Civil Veterinary Dept. Bombay admin report 1907-1913 - 1907-1913
Year: 1907
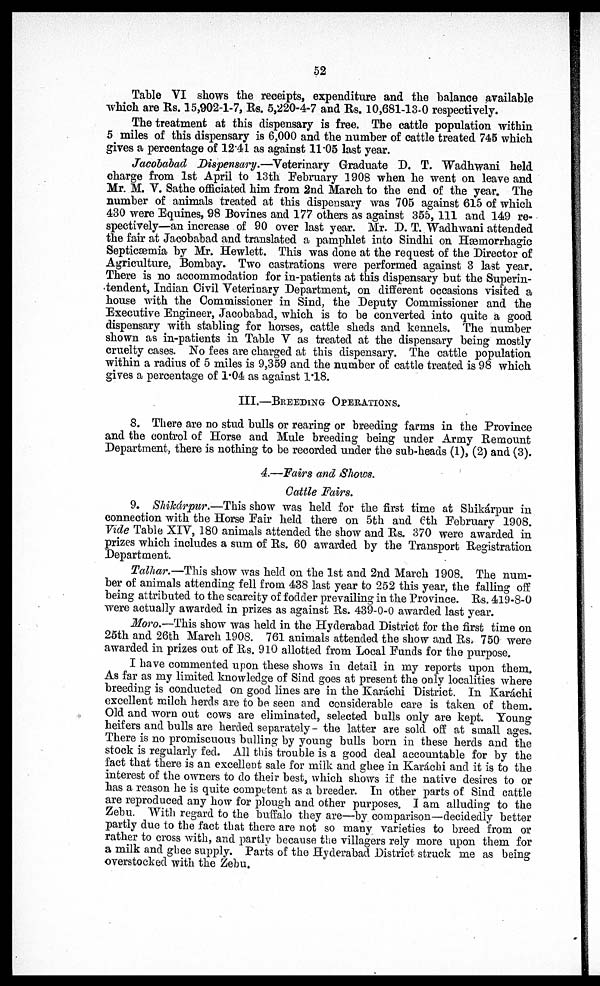
52
Table VI shows the receipts, expenditure and the balance available
which are Rs. 15,902-1-7, Re. 5,220-4-7 and Rs. 10,681-13-0 respectively.
The treatment at this dispensary is free. The cattle population within
5 miles of this dispensary is 6,000 and the number of cattle treated 745 which
gives a percentage of 12.41 as against 11.05 last year.
Jacobabad Dispensary,—Veterinary Graduate D. T. Wadhwani held
charge from 1st April to 13th February 1908 when he went on leave and
Mr. M. V. Sathe officiated him from 2nd March to the end of the year. The
number of animals treated at this dispensary was 705 against 615 of which
430 were Equines, 98 Bovines and 177 others as against 355, 111 and 149 re-
spectively—an increase of 90 over last year. Mr. D. T. Wadhwani attended
the fair at Jacobabad and translated a pamphlet into Sindhi on Hæmorrhagic
Septicæmia by Mr. Hewlett. This was done at the request of the Director of
Agriculture, Bombay. Two castrations were performed against 3 last year.
There is no accommodation for in-patients at this dispensary but the Superin-
tendent, Indian Civil Veterinary Department, on different occasions visited a
house with the Commissioner in Sind, the Deputy Commissioner and the
Executive Engineer, Jacobabad, which is to be converted into quite a good
dispensary with stabling for horses, cattle sheds and kennels. The number
shown as in-patients in Table V as treated at the dispensary being mostly
cruelty cases. No fees are charged at this dispensary. The cattle population
within a radius of 5 miles is 9,359 and the number of cattle treated is 98 which
gives a percentage of 1.04 as against 1.18.
III.—BREEDING OPERATIONS.
8. There are no stud bulls or rearing or breeding farms in the Province
and the control of Horse and Mule breeding being under Army Remount
Department, there is nothing to be recorded under the sub-heads (1), (2) and (3).
4.—Fairs and Shows.
Cattle Fairs.
9. Shikárpur.—This show was held for the first time at Shikárpur in
connection with the Horse Fair held there on 5th and 6th February 1908.
Vide Table XIV, 180 animals attended the show and Rs. 370 were awarded in
prizes which includes a sum of Rs. 60 awarded by the Transport Registration
Department.
Talhar.—This show was held on the 1st and 2nd March 1908. The num-
ber of animals attending fell from 438 last year to 252 this year, the falling off
being attributed to the scarcity of fodder prevailing in the Province. Rs. 419-8-0
were actually awarded in prizes as against Rs. 439-0-0 awarded last year.
Moro.—This show was held in the Hyderabad District for the first time on
25th and 26th March 1908. 761 animals attended the show and Rs. 750 were
awarded in prizes out of Rs. 910 allotted from Local Funds for the purpose.
I have commented upon these shows in detail in my reports upon them.
As far as my limited knowledge of Sind goes at present the only localities where
breeding is conducted on good lines are in the Karachi District. In Karachi
excellent milch herds are to be seen and considerable care is taken of them.
Old and worn out cows are eliminated, selected bulls only are kept. Young
heifers and bulls are herded separately - the latter are sold off at small ages.
There is no promiscuous bulling by young bulls born in these herds and the
stock is regularly fed. All this trouble is a good deal accountable for by the
fact that there is an excellent sale for milk and ghee in Karáchi and it is to the
interest of the owners to do their best, which shows if the native desires to or
has a reason he is quite competent as a breeder. In other parts of Sind cattle
are reproduced any how for plough and other purposes. I am alluding to the
Zebu. With regard to the buffalo they are—by comparison—decidedly better
partly due to the fact that there are not so many varieties to breed from or
rather to cross with, and partly because the villagers rely more upon them for
a milk and ghee supply. Parts of the Hyderabad District struck me as being
overstocked with the Zebu.